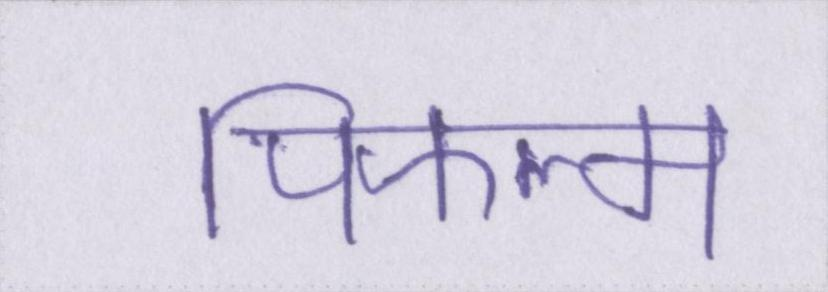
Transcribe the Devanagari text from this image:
पिफल्म